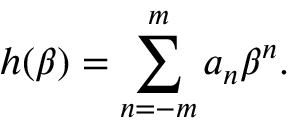
h ( \beta ) = \sum _ { n = - m } ^ { m } a _ { n } \beta ^ { n } .